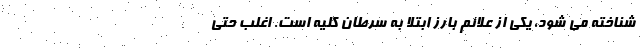
شناخته می شود، یکی از علائم بارز ابتلا به سرطان کلیه است. اغلب حتی